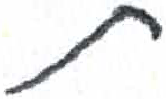
אות: ת